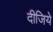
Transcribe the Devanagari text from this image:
दीजिये